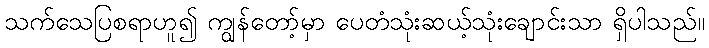
သက်သေပြစရာဟူ၍ ကျွန်တော့်မှာ ပေတံသုံးဆယ့်သုံးချောင်းသာ ရှိပါသည်။